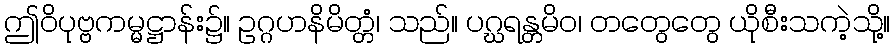
ဤဝိပုဗ္ဗကမ္မဋ္ဌာန်း၌။ ဥဂ္ဂဟနိမိတ္တံ၊ သည်။ ပဂ္ဃရန္တမိဝ၊ တတွေတွေ ယိုစီးသကဲ့သို့။